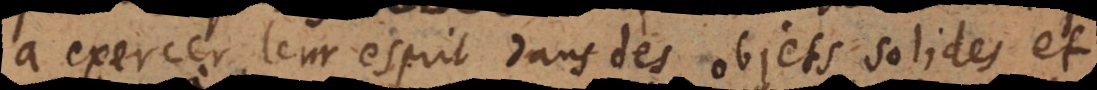
à exercer leur esprit dans des objets solides et